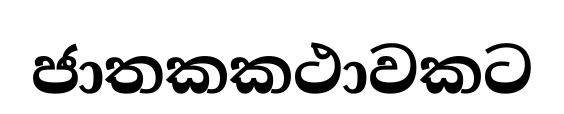
ජාතකකථාවකට